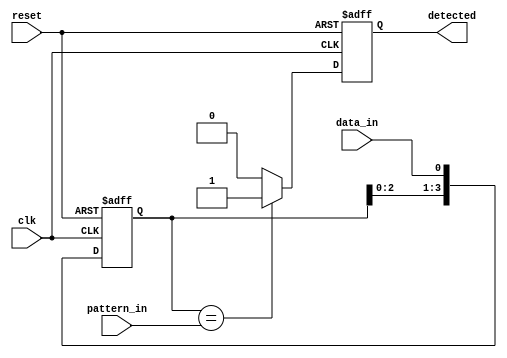
module pattern_detector #(
    parameter PATTERN_WIDTH = 4  // Length of the pattern
)(
    input wire clk,               // Clock signal
    input wire reset,             // Reset signal
    input wire data_in,           // Input data stream (1-bit)
    input wire [PATTERN_WIDTH-1:0] pattern_in, // Pattern to detect
    output reg detected           // Output signal indicating pattern match
);

    // Flip-flops (Shift Register)
    reg [PATTERN_WIDTH-1:0] shift_reg; // Shift register storing last PATTERN_WIDTH bits

    // On clock edge or reset
    always @(posedge clk or posedge reset) begin
        if (reset) begin
            // Clear the shift register and output on reset
            shift_reg <= 0;
            detected <= 0;
        end else begin
            // Shift in the new data
            shift_reg <= {shift_reg[PATTERN_WIDTH-2:0], data_in};

            // Check for pattern match
            if (shift_reg == pattern_in) begin
                detected <= 1; // Pattern detected
            end else begin
                detected <= 0; // No pattern match
            end
        end
    end

endmodule